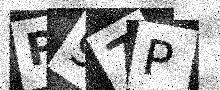
Text: P97P